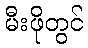
မီးဖိုတွင်